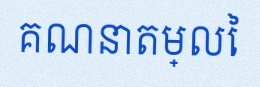
គណនាតម្លៃ